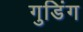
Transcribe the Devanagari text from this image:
गुडिंग